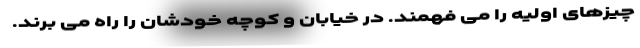
چیزهای اولیه را می فهمند. در خیابان و کوچه خودشان را راه می برند.